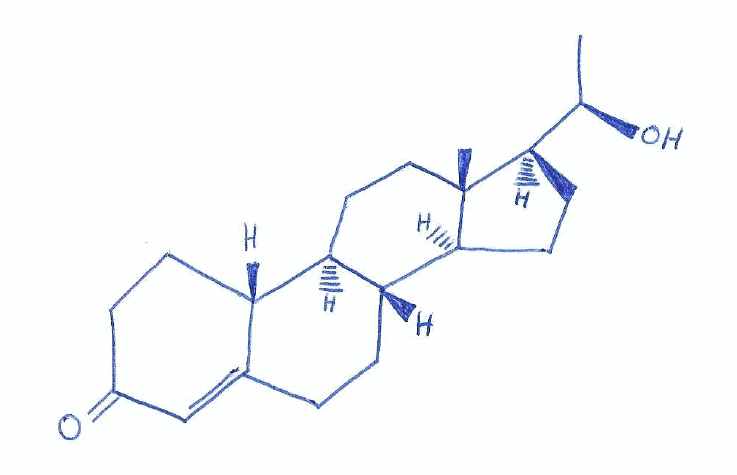
Simplified molecular-input line-entry system (SMILES) notation of the given molecule:
C[C@H]([C@H]1CC[C@@H]2[C@@]1(CC[C@H]3[C@H]2CCC4=CC(=O)CC[C@H]34)C)O